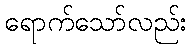
ရောက်သော်လည်း